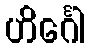
ဟိင်္ဂေါ